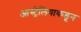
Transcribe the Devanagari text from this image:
आस्ट्रेलियाकडून